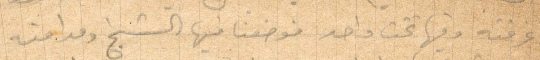
غرفته وفيها تخت واحد فوضعنا فيها الشيخ ومدامته